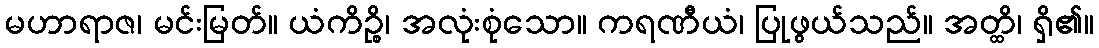
မဟာရာဇ၊ မင်းမြတ်။ ယံကိဉ္စိ၊ အလုံးစုံသော။ ကရဏီယံ၊ ပြုဖွယ်သည်။ အတ္ထိ၊ ရှိ၏။